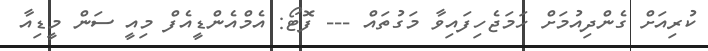
ކުރިއަށް ގެންދިއުމަށް ހަމަޖެހިފައިވާ މަގުތައް --- ފޮޓޯ: އެމްއެންޑީއެފް މިއީ ސަން މީޑިއާ